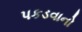
પકડવાનો